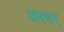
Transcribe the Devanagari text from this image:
अफ्सर्